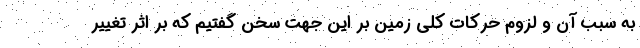
به سبب آن و لزوم حرکات کلی زمین بر این جهت سخن گفتیم که بر اثر تغییر